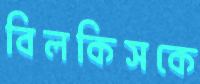
বিলকিসকে